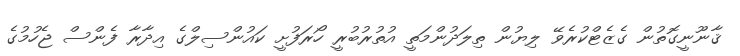
ޤާނޫނީގޮތުން ގެޒެޓްކުރެވޭ ލިޔުން ތިލަދުންމަތީ އުތުރުބުރީ ހޯރަފުށީ ކައުންސިލްގެ އިދާރާ ފެންސް ޖެހުމުގެ